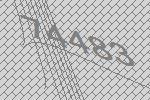
74483